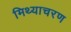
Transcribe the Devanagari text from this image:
मिथ्याचरण